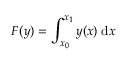
F ( y ) = \int _ { x _ { 0 } } ^ { x _ { 1 } } y ( x ) \; \mathrm { d } x